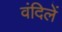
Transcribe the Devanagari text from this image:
वंदिलें